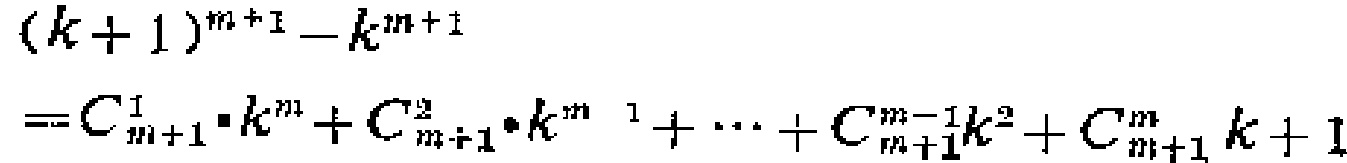
\[
\begin{align*}
&(k + 1)^{m+1}-k^{m + 1}\\
=&C_{m + 1}^{1}\cdot k^{m}+C_{m + 1}^{2}\cdot k^{m - 1}+\cdots+C_{m + 1}^{m - 1}k^{2}+C_{m + 1}^{m}k + 1
\end{align*}
\]